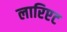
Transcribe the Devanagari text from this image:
लारिएट